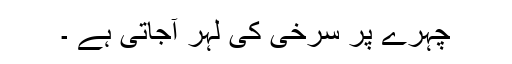
چہرے پر سرخی کی لہر آجاتی ہے ۔